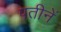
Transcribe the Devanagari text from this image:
पतीनें